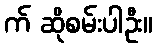
က် ဆိုစမ်းပါဦး။